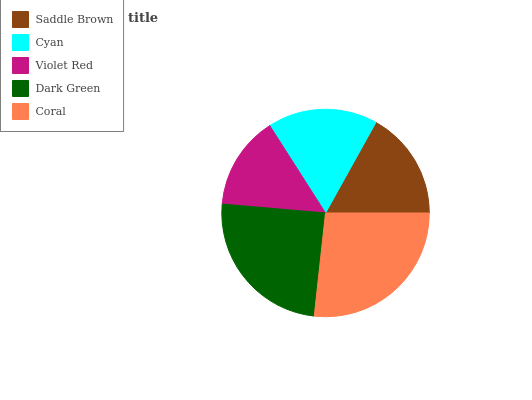
| Saddle Brown | Cyan | Violet Red | Dark Green | Coral |
 | --- | --- | --- | --- | --- |
 | 16.9% | 17.2% | 14.6% | 24.7% | 26.7% |